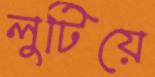
লুটিয়ে